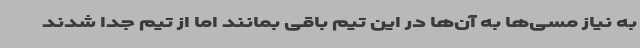
به نیاز مسی‌ها به آن‌ها در این تیم باقی بمانند اما از تیم جدا شدند